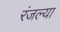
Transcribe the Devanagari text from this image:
रंजल्या